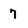
Character: 7